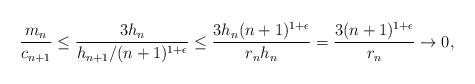
LaTeX: \begin{align*}\frac{m_{n}}{c_{n+1}} \leq \frac{3h_{n}}{h_{n+1}/(n+1)^{1 + \epsilon}} \leq \frac{3h_{n}(n+1)^{1 + \epsilon}}{r_{n}h_{n}} = \frac{3(n+1)^{1+\epsilon}}{r_{n}} \to 0,\end{align*}